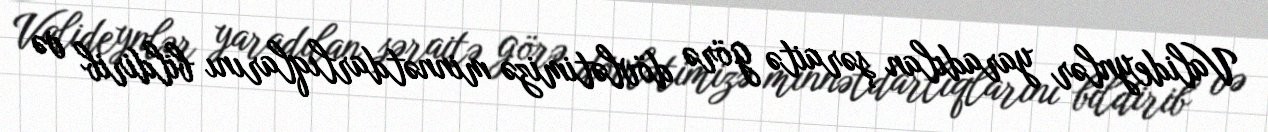
Valideynlər yaradılan şəraitə görə dövlətimizə minnətdarlıqlarını bildirib və